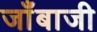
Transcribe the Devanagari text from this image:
जाँबाजी